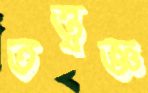
তত্ত্বজ্ঞ